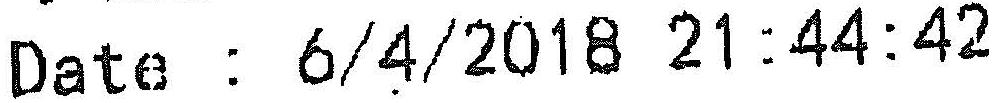
DATE : 6/4/2018 21:44:42